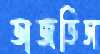
ভাজতিস